Source: Handwritten
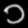
Digit: ၁ (1)